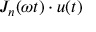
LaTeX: J _ { n } ( \omega t ) \cdot u ( t )